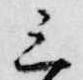
三